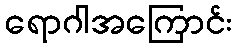
ရောဂါအကြောင်း